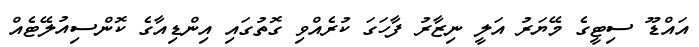
އައްޑޫ ސިޓީގެ މޭޔަރު އަލީ ނިޒާރު ފާހަގަ ކުރެއްވި ގޮތުގައި އިންޑިއާގެ ކޮންސިއުލޭޓެއް